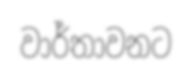
වාර්තාවනට